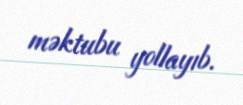
məktubu yollayıb.